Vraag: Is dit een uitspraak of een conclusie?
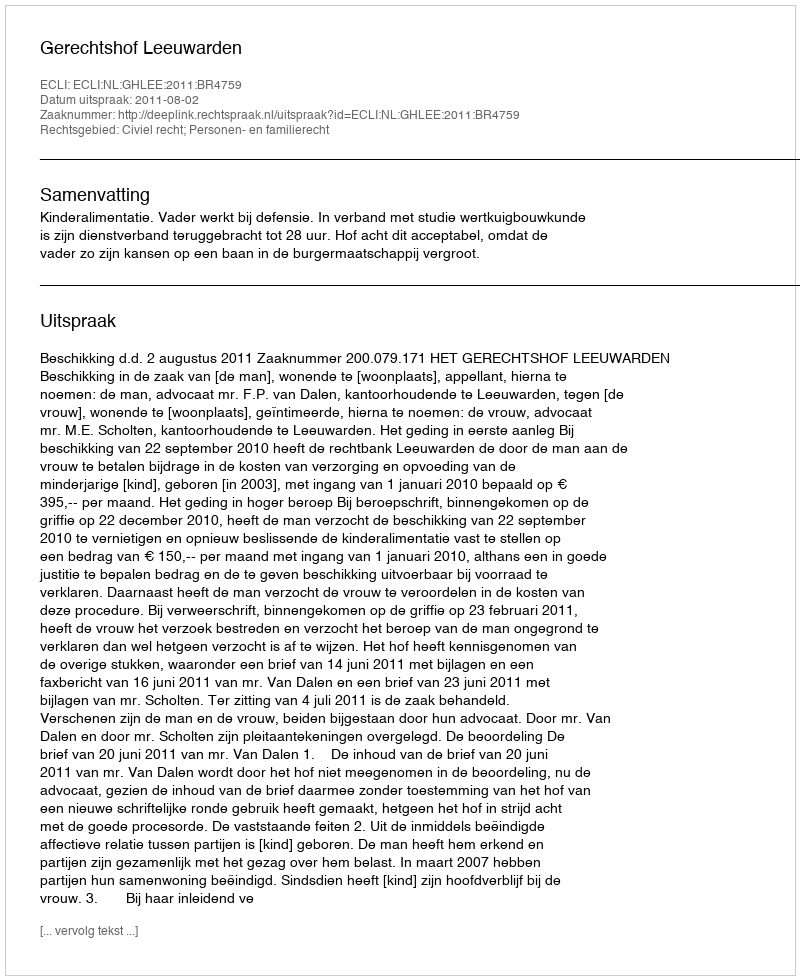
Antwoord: Uitspraak